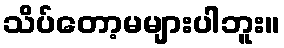
သိပ်တော့မများပါဘူး။